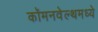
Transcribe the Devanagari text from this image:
कॉमनवेल्थमध्ये